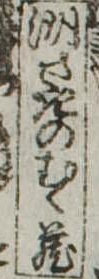
洲さきのむく蔵